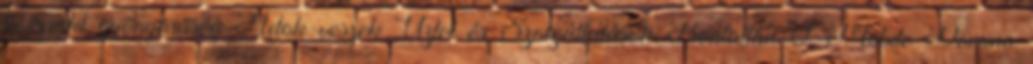
kompakt gyönyörűség Adok-veszek Üzlet és Szolgáltatások Bontatlan T-Mobile Domino